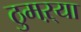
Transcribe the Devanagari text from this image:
ठुमऱ्या